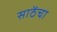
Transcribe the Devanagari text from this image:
साठेंचा